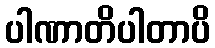
ပါဏာတိပါတာပိ